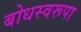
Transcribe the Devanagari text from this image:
बोधस्वरूपा